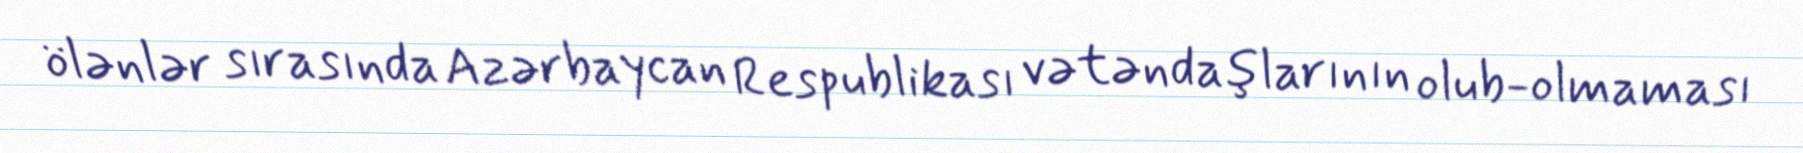
ölənlər sırasında Azərbaycan Respublikası vətəndaşlarının olub-olmaması